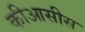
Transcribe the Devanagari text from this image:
कीआसीस